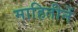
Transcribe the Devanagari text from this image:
माहितीनें